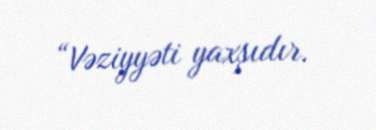
“Vəziyyəti yaxşıdır.